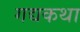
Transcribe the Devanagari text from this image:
गद्यकथा